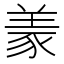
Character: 𱻌